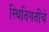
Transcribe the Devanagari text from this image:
स्थितिगतीचे